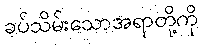
ခပ်သိမ်းသောအရာတို့ကို